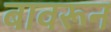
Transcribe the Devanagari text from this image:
बावरून